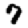
Digit: 7